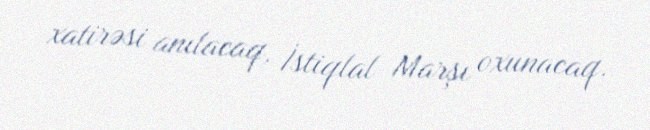
xatirəsi anılacaq, İstiqlal Marşı oxunacaq.